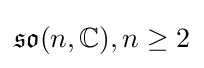
{\mathfrak {so}}(n,\mathbb {C} ),n\geq 2